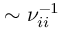
\sim \nu _ { i i } ^ { - 1 }